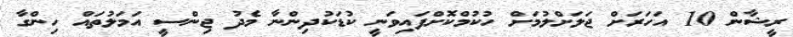
ރީޝާން 10 އަހަރަށް ޖަލަށްލުމަށް ހުކުމްކޮށްފައިވަނީ ކުޑަކުދިންނާ މެދު ޖިންސީ އަމަލުތައް ހިންގާ